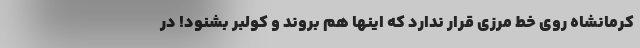
کرمانشاه روی خط مرزی قرار ندارد که اینها هم بروند و کولبر بشنود! در